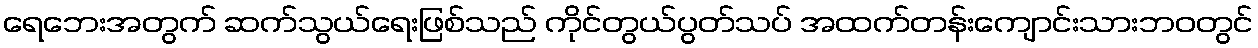
ရေဘေးအတွက် ဆက်သွယ်ရေးဖြစ်သည် ကိုင်တွယ်ပွတ်သပ် အထက်တန်းကျောင်းသားဘဝတွင်